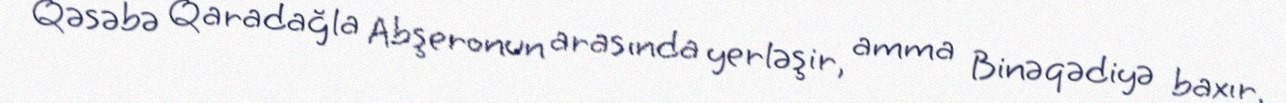
Qəsəbə Qaradağla Abşeronun arasında yerləşir, amma Binəqədiyə baxır.